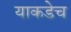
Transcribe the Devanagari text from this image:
याकडेच